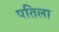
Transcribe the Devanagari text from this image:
पतिला